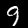
Digit: 9